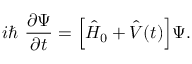
i \hbar \ \frac { \partial \Psi } { \partial t } = \Big [ \hat { H } _ { 0 } + \hat { V } ( t ) \Big ] \Psi .